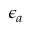
\epsilon _ { a }